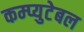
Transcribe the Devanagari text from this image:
कम्प्युटेबल